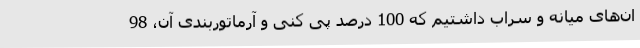
ان‌های میانه و سراب داشتیم که 100 درصد پی کنی و آرماتوربندی آن، 98